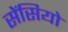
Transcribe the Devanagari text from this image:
सेंसियो